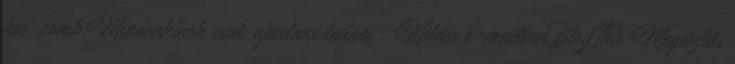
has ,comb.Mindenkinek csak ajánlani tudom : Küldés e-mailbenBlogThis Megosztás